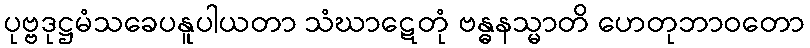
ပုဗ္ဗဒုဋ္ဌမံသခေပနူပါယတာ သံဃာဋေတုံ ဗန္ဓနသ္မာတိ ဟေတုဘာဝတော